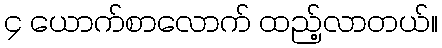
၄ ယောက်စာလောက် ထည့်လာတယ်။